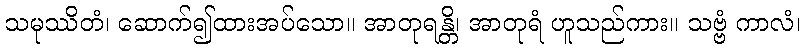
သမုဿိတံ၊ ဆောက်၍ထားအပ်သော။ အာတုရန္တိ၊ အာတုရံ ဟူသည်ကား။ သဗ္ဗံ ကာလံ၊